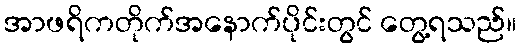
အာဖရိကတိုက်အနောက်ပိုင်းတွင် တွေ့ရသည်။